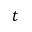
t